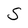
Character: S